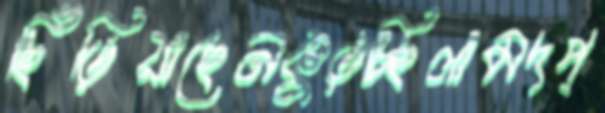
ছিঁড়িয়াছেনকুড়চ্ছিলামদপ্